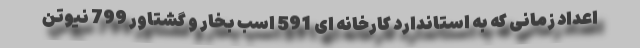
اعداد زمانی که به استاندارد کارخانه ای 591 اسب بخار و گشتاور 799 نیوتن